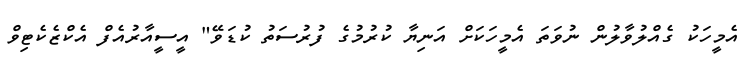
އެމީހަކު ގެއްލުވާލުން ނުވަތަ އެމީހަކަށް އަނިޔާ ކުރުމުގެ ފުރުސަތު ކުޑަވޭ" އީސީއާރުއެފް އެކްޒެކެޓިވް